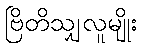
ဗြိတိသျှလူမျိုး